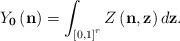
LaTeX: \begin{align*}Y_{\mathbf{0}}\left(\mathbf{n}\right)=\int_{\left[0,1\right]^{r}}Z\left(\mathbf{n},\mathbf{z}\right)d\mathbf{z}.\end{align*}